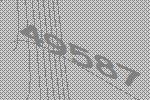
49587